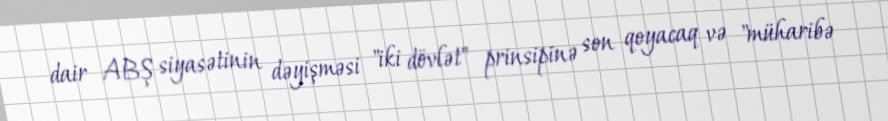
dair ABŞ siyasətinin dəyişməsi "iki dövlət" prinsipinə son qoyacaq və "müharibə